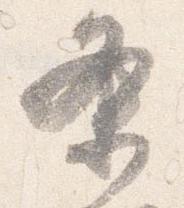
条